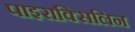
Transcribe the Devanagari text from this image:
पाइराक्सिलिन